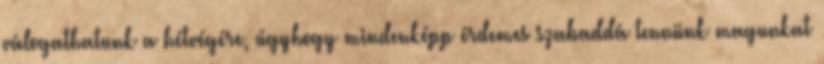
válogathatunk a hétvégére, úgyhogy mindenképp érdemes szabaddá tennünk magunkat